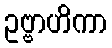
ဥဗ္ဗာဟိကာ